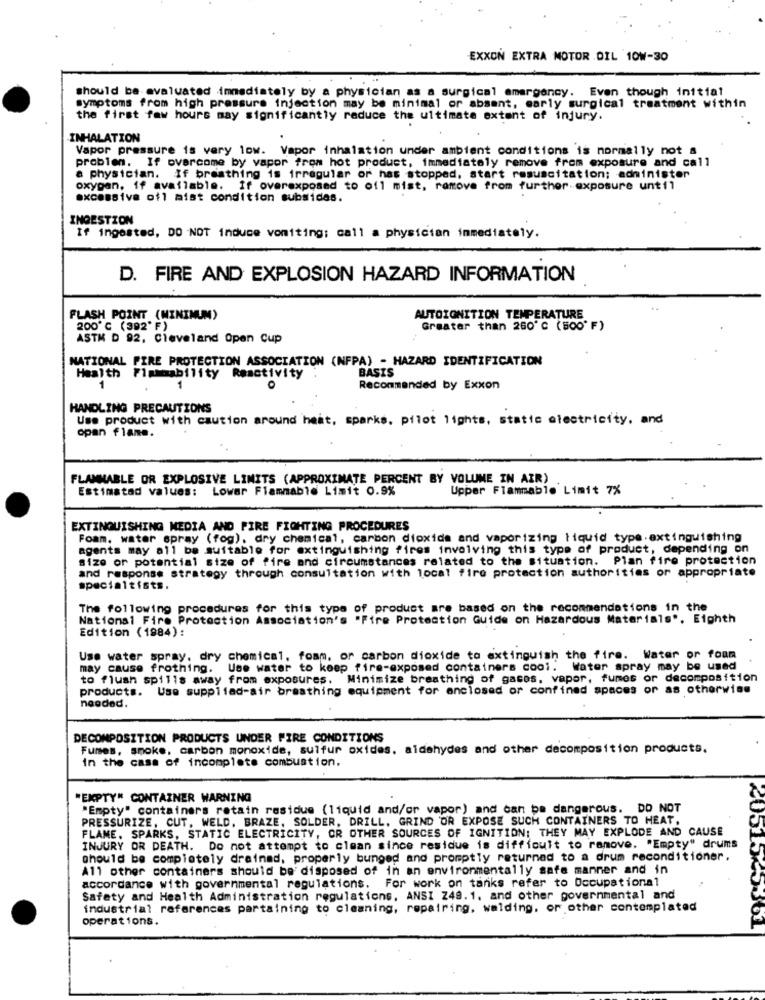
EXXON EXTRA MOTOR DIL 10W-30
should be evaluated immediately by a physician as a surgical emergency. Even though initial
symptoms from high pressure injection may be minimal or absent, early surgical treatment within
the first few hours may significantly reduce the ultimate extent of injury.
INHALATION
Vapor pressure is very low. Vapor inhalation under ambient conditions is normally not a
probien. If overcome by vapor from hot product, immediately remove from exposure and call
a physician. If breathing is irregular or has stopped, start resuscitation; administer
oxygen, if available. If overexposed to ofl mist, remove from further exposure until
excessive ofl mist condition subsides.
INGESTION
If ingested, DO NOT induce vomiting; call a physician immediately.
D. FIRE AND EXPLOSION HAZARD INFORMATION
FLASH POINT (MINIMUM)
AUTOIGNITION TEMPERATURE
200℃ (392' F)
Greater than 260℃ (500' F)
ASTM D 92, Cleveland Open Cup
NATIONAL PIRE PROTECTION ASSOCIATION (NFPA) - HAZARD IDENTIFICATION
Health Flammability Reactivity
BASIS
1
1
Recommended by Exxon
HANDLING PRECAUTIONS
Use product with caution around heat, sparks. pilot lights, static electricity, and
opan flame.
FLAMMABLE OR EXPLOSIVE LIMITS (APPROXIMATE PERCENT BY VOLUME IN AIR)
Estimated values: Lower Flammable Limit 0.9%
Upper Flammable Limit 7%
EXTINGUISHING MEDIA AND FIRE FIGHTING PROCEDURES
Foam, water spray (fog), dry chemical, carbon dioxide and vaporizing liquid type.extinguishing
agents may all be suitable for extinguishing fires involving this type of product, depending on
size or potential size of fire and circumstances related to the situation. Plan fire protection
and response strategy through consultation with local fire protection authorities or appropriate
The following procedures for this type of product are based on the recommendations in the
National Fire Protection Association's "Fire Protection Guide on Hazardous Materials", Eighth
Edition (1984):
Use water spray, dry chemical, foam. or carbon dioxide to extinguish the fire. Water or foam
may cause frothing.
Use water to keep fire-exposed containers cool. Water spray may be used
to flush spills away from exposures. Minimize breathing of gases, vapor, fumes or decomposition
products. Use suppliad-air breathing equipment for enclosed or confined spaces or as otherwise
needed.
DECOMPOSITION PRODUCTS UNDER FIRE CONDITIONS
Fumes, smoke, carbon monoxide, sulfur oxides. aldehydes and other decomposition products.
in the case of incomplete combustion,
"EMPTY" CONTAINER WARNING
"Empty" containers retain residue (liquid and/or vapor) and can be dangerous. DO NOT
PRESSURIZE, CUT, WELD. BRAZE, SOLDER, DRILL, GRIND OR EXPOSE SUCH CONTAINERS TO HEAT,
FLAME, SPARKS, STATIC ELECTRICITY, OR OTHER SOURCES OF IGNITION; THEY MAY EXPLODE AND CAUSE
INJURY OR DEATH. Do not attempt to clean since residue is difficult to remove. "Empty" drums
should be completely drained, properly bunged and promptly returned to a drum reconditioner.
All other containers should be'disposed of in an environmentally safe manner and in
accordance with governmental regulations. For work on tanks refer to Occupational
Safety and Health Administration regulations, ANSI 249.1, and other governmental and
industrial references partaining to cleaning, repairing, welding, or other contemplated
operations.